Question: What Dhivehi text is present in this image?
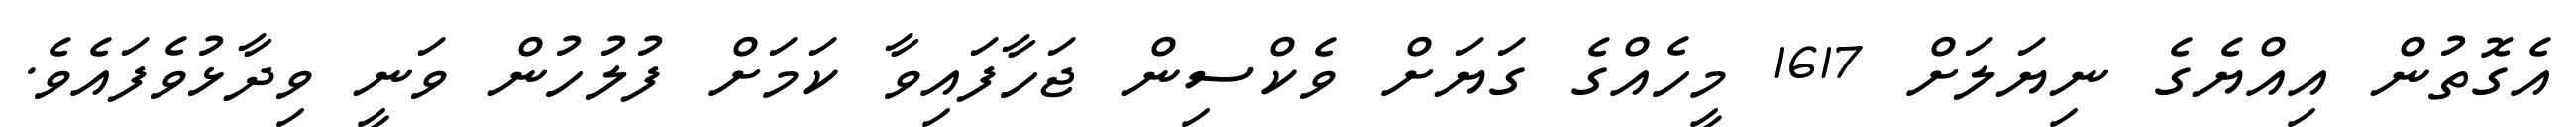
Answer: އެގޮތުން އިއްޔެގެ ނިޔަލަށް 1617 މީހެއްގެ ގަޔަށް ވެކްސިން ޖަހާފައިވާ ކަމަށް ފުލުހުން ވަނީ ވިދާޅުވެފައެވެ.